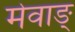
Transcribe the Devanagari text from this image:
मेवाङ्